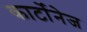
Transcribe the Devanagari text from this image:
कार्टोनेज